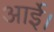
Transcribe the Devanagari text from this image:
आईे।